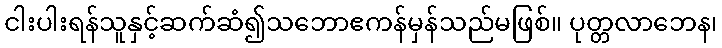
ငါးပါးရန်သူနှင့်ဆက်ဆံ၍သဘောဧကန်မှန်သည်မဖြစ်။ ပုတ္တလာဘေန၊